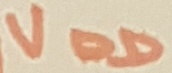
Text: VDD